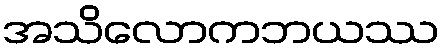
အသိလောကဘယဿ